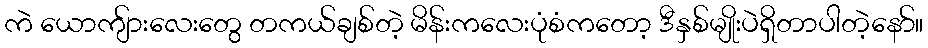
ကဲ ယောကျ်ားလေးတွေ တကယ်ချစ်တဲ့ မိန်းကလေးပုံစံကတော့ ဒီနှစ်မျိုးပဲရှိတာပါတဲ့နော်။